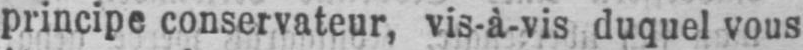
principe conservateur, vis-à-vis duquel vous